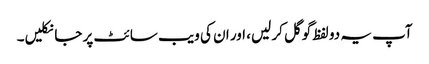
آپ یہ دو لفظ گوگل کر لیں، اور ان کی ویب سائٹ پر جا نکلیں۔